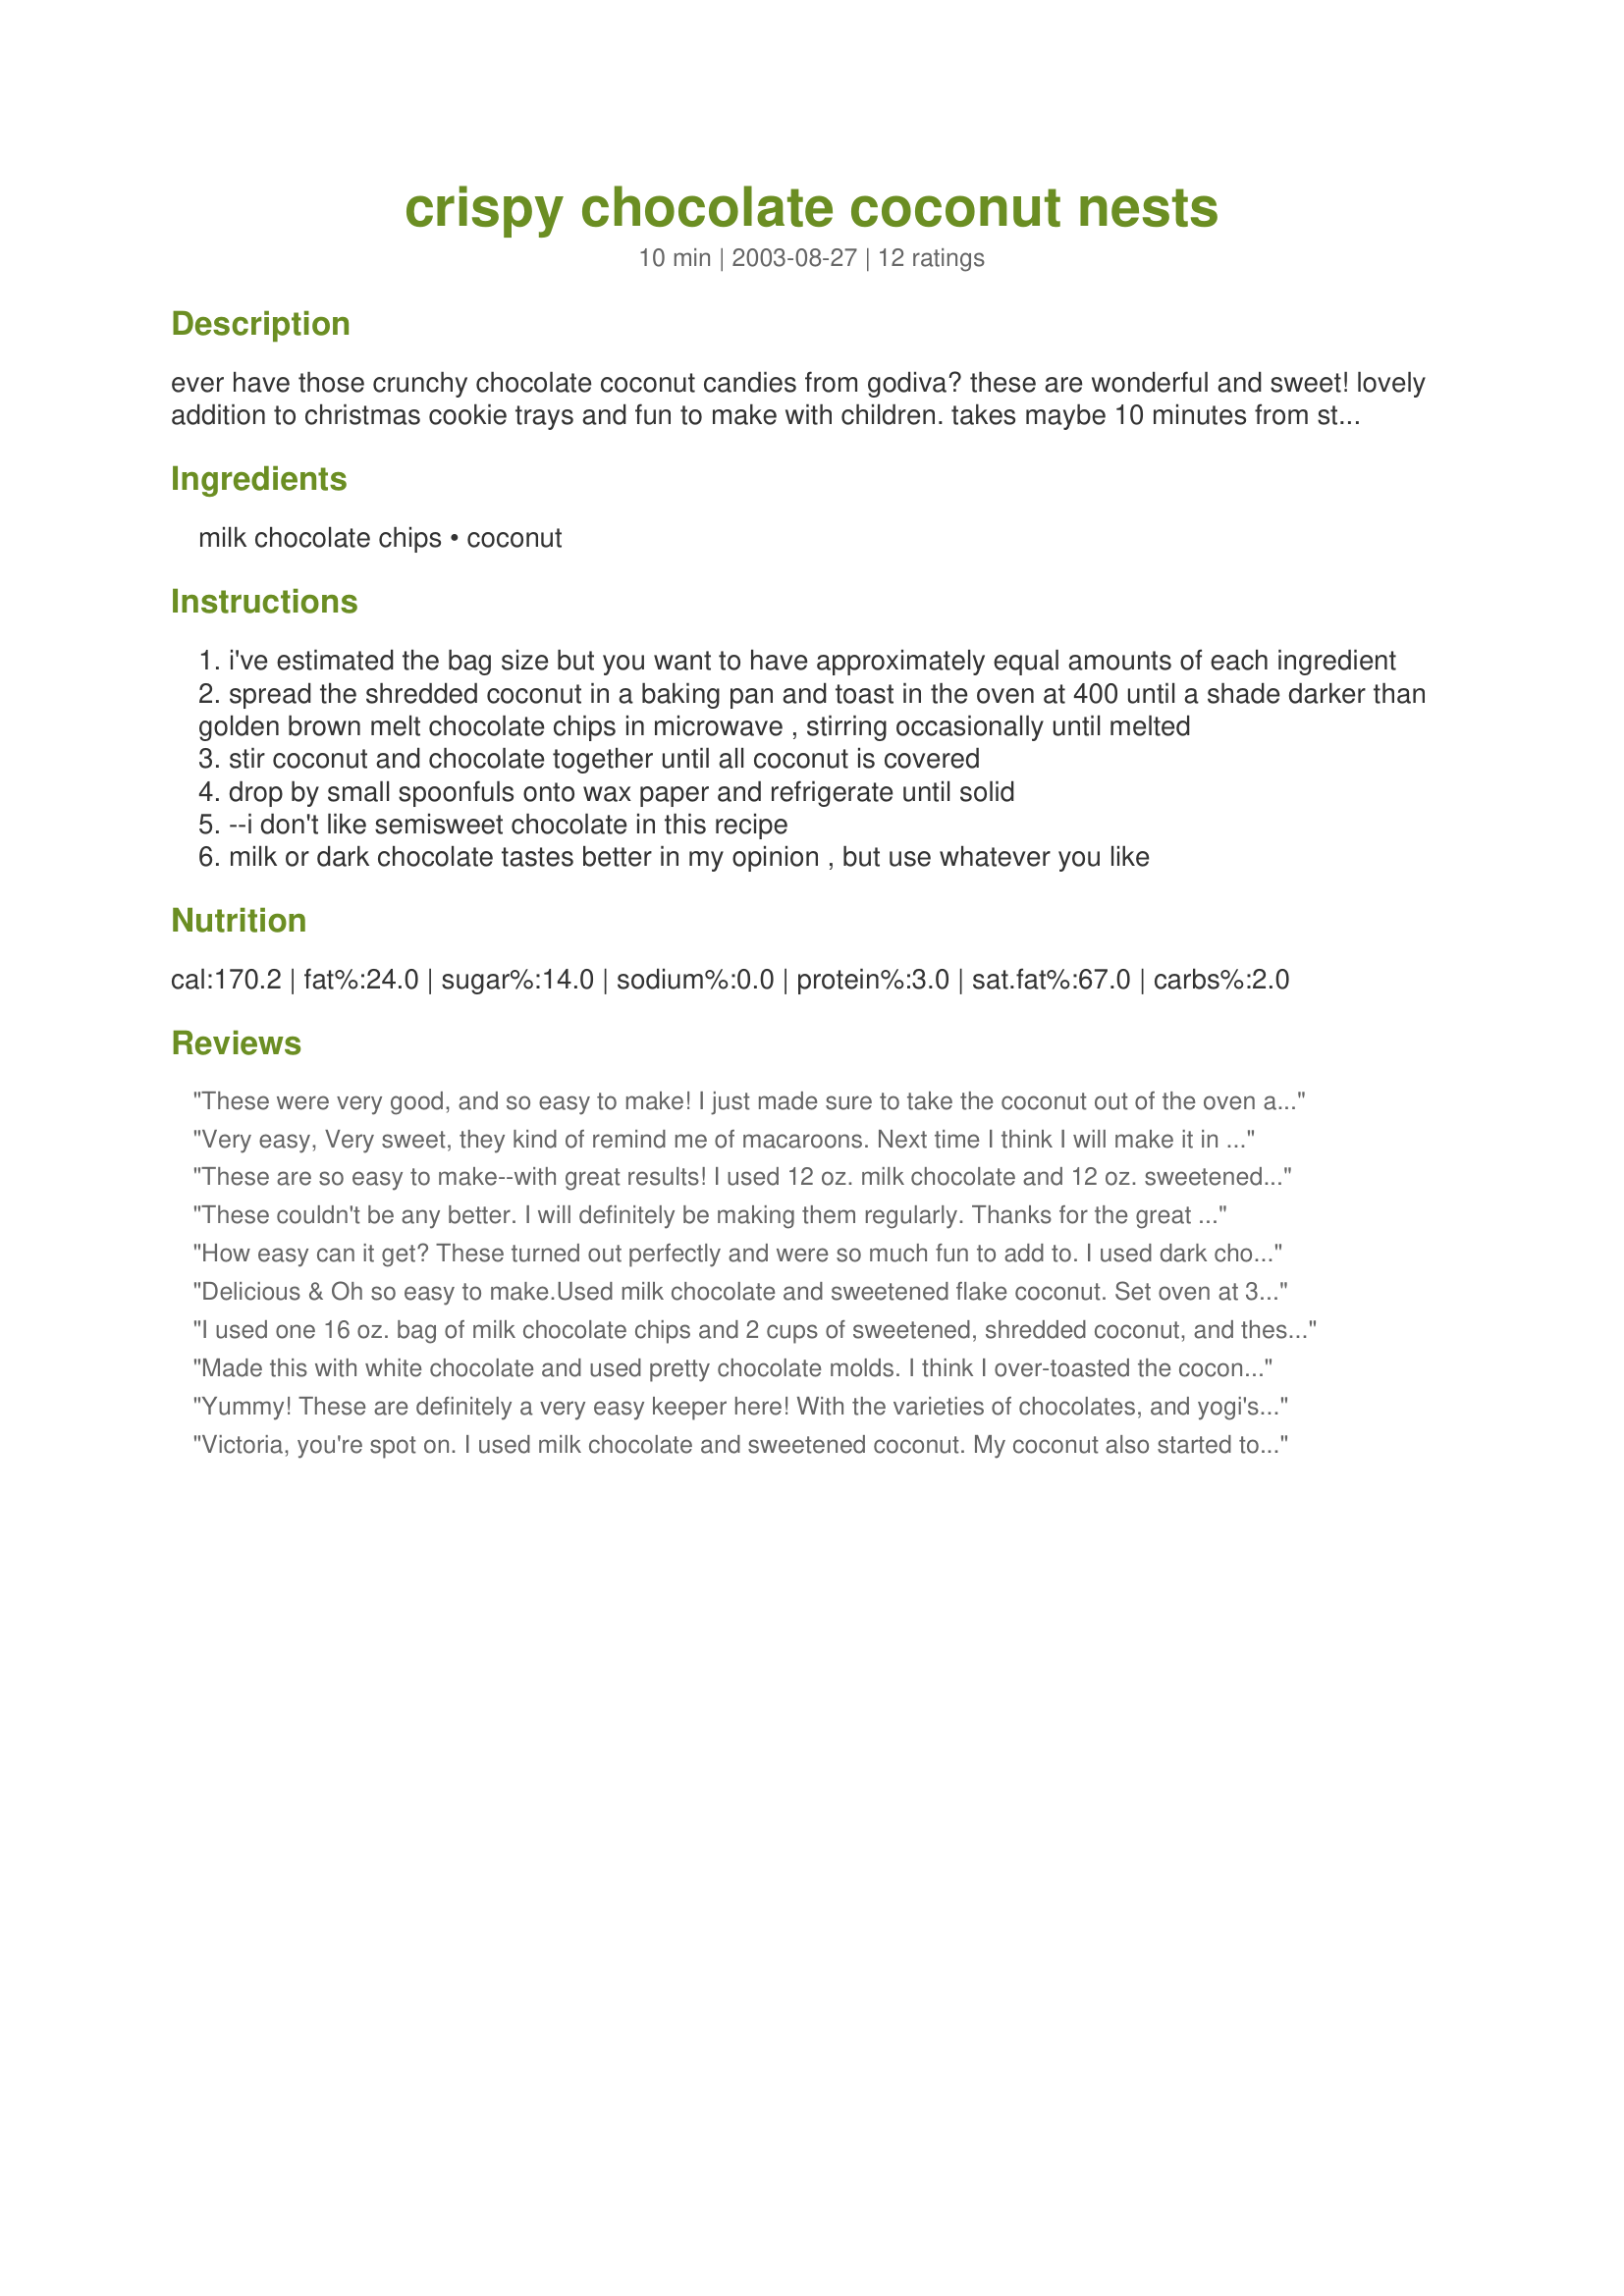
crispy chocolate coconut nests
Preparation time: 10 minutes

ever have those crunchy chocolate coconut candies from godiva? these are wonderful and sweet! lovely addition to christmas cookie trays and fun to make with children. takes maybe 10 minutes from start to finish.

Ingredients:
milk chocolate chips, coconut

Steps:
i've estimated the bag size but you want to have approximately equal amounts of each ingredient
spread the shredded coconut in a baking pan and toast in the oven at 400 until a shade darker than golden brown melt chocolate chips in microwave , stirring occasionally until melted
stir coconut and chocolate together until all coconut is covered
drop by small spoonfuls onto wax paper and refrigerate until solid
--i don't like semisweet chocolate in this recipe
milk or dark chocolate tastes better in my opinion , but use whatever you like

Reviews:
These were very good, and so easy to make! I just made sure to take the coconut out of the oven and move it around about every 2 mins. I also accidentally bought semi-sweet chocolate but decided to give it a go anyway - they were still very good but I can see why one would want to use milk chocolate instead. I will definitely make these again.
Very easy, Very sweet, they kind of remind me of macaroons. Next time I think I will make it in a baking dish and try to cut them into squares. Thanks for the recipe.
These are so easy to make--with great results! I used 12 oz. milk chocolate and 12 oz. sweetened coconut. Next time, I think that I'll use just a little more chocolate than coconut. I toasted the coconut on 350 for between 5-10 minutes, tossing it several times. Thanks for an easy and delicious recipe!
These couldn't be any better. I will definitely be making them regularly. Thanks for the great recipe.
How easy can it get? These turned out perfectly and were so much fun to add to. I used dark chocolate first and loved it because the coconut is so sweet, and the dark choc. didn't over-sweeten it. I added chopped almonds or cashews to some, and tried it with white chocolate, which was the BEST! These didn't last long here and will be on the Christmas cookie list for sure!
Delicious & Oh so easy to make.Used milk chocolate and sweetened flake coconut. Set oven at 350 degrees like someelse suggested had no problem.
Thank you for this easy, yummy recipe!
I used one 16 oz. bag of milk chocolate chips and 2 cups of sweetened, shredded coconut, and these were delicious! I also drizzled mine with just a bit of white chocolate for a decorative touch. These were so easy, even my 4 yo was able to help.
I also took the suggestion to lower the oven temp to 375 and it worked perfectly.
Thanks again for a great recipe!
Made this with white chocolate and used pretty chocolate molds. I think I over-toasted the coconut, but everyone loved them just the same! I'll be doing this one many times!
Yummy! These are definitely a very easy keeper here! With the varieties of chocolates, and yogi's suggestions, I will definitely be trying these again with the white chocolate, and chopped hazelnuts next time! Definitely addicting for me!
Victoria, you're spot on. I used milk chocolate and sweetened coconut. My coconut also started to burn; I lowered the oven temperature and tossed it several times. I think the toastier, the better with the coconut, though - the crunch will last longer - so I'm going to try a 350 oven tonight and keep it in as long a possible. I melted chocolate in a bowl over simmering water - double-boiler style and added the coconut to the bowl. So easy, so delicious and everyone seems to love it.
Out of this world! Delicious and easy! I used milk chcolate and sweetened coconut. It would not taste good with unsweetened coconut. The oven temp. of 400 degrees almost burned the coconut in 5 minutes, so I would recommend decreasing the temperature to 375 degree and using a spatula to flip the coconut after 4 minutes for even cooking. Also, I melted the choc. chips on the stove top in a non-stick pan on the lowest heat and it worked perfectly, while stirring constantly. Yummy!!!
4* for taste, but the recipe should be more specific! I used unsweetened coconut...apparently (from above) it was supposed to be sweetened. The semi-sweet chocolate combo probably would have been better this way. My chocolate chips would not melt in the microwave until I added a touch of water - they just dried up.
